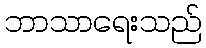
ဘာသာရေးသည်